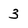
Character: 3